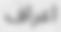
اعراف